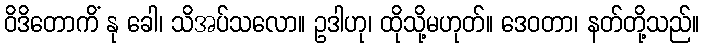
ဝိဒိတောကိံ နု ခေါ၊ သိအပ်သလော။ ဥဒါဟု၊ ထိုသို့မဟုတ်။ ဒေဝတာ၊ နတ်တို့သည်။